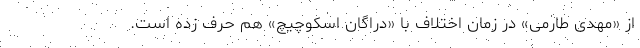
از «مهدی طارمی» در زمان اختلاف با «دراگان اسکوچیچ» هم حرف زده است.